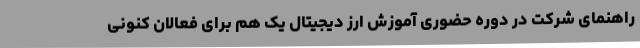
راهنمای شرکت در دوره حضوری آموزش ارز دیجیتال یک هم برای فعالان کنونی